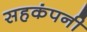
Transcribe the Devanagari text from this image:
सहकंपनी